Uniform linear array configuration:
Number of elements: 32
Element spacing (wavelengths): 0.5
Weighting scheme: exponential
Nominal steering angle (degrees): -30
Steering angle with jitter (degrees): -30.823
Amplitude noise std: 0.05
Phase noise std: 0.05

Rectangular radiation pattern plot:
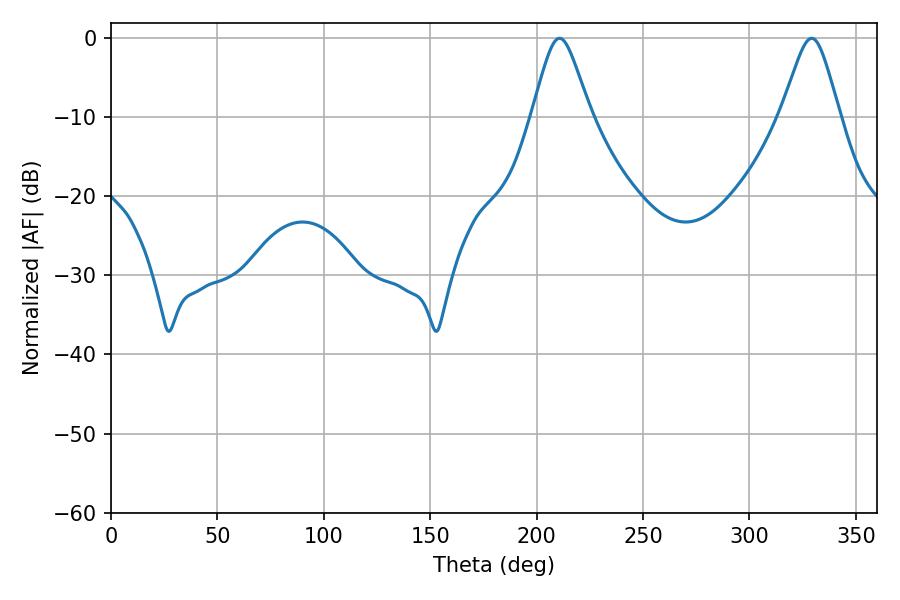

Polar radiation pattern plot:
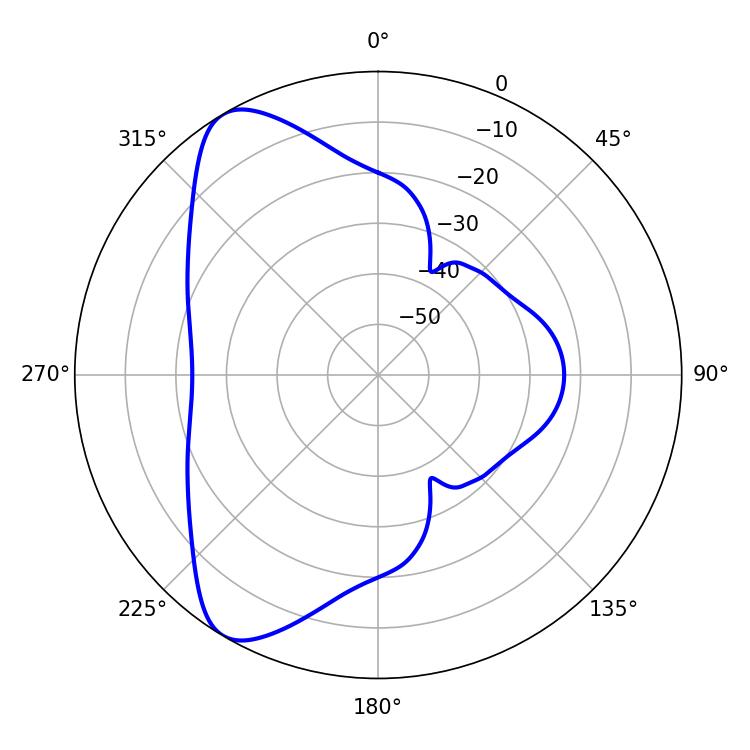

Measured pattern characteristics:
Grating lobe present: FALSE
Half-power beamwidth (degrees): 13.32
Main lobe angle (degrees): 329.22